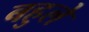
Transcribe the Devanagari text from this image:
बहुले